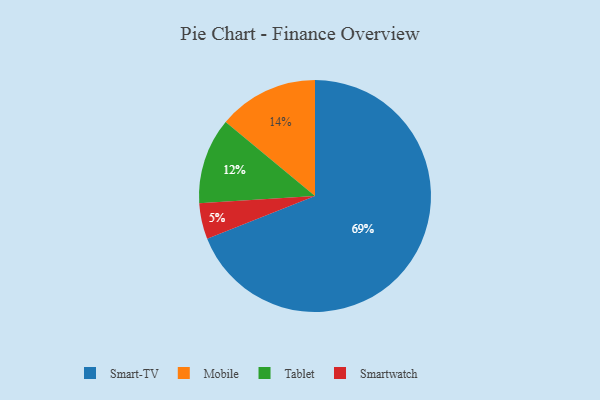
{"axis": {"x": "Category", "y": "Percentage"}, "legend": ["Mobile", "Smart-TV", "Smartwatch", "Tablet"], "data": [{"x": "Smart-TV", "y": 69, "type": "Smart-TV"}, {"x": "Smartwatch", "y": 5, "type": "Smartwatch"}, {"x": "Tablet", "y": 12, "type": "Tablet"}, {"x": "Mobile", "y": 14, "type": "Mobile"}]}